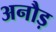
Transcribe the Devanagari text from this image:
अनौड़